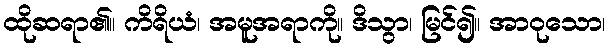
ထိုဆရာ၏။ ကိရိယံ၊ အမူအရာကို။ ဒိသွာ၊ မြင်၍။ အာဝုသော၊